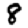
Digit: 8